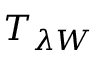
T _ { \lambda W }